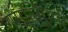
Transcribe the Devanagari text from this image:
गगलिएमी